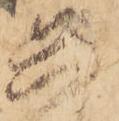
兵